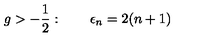
g > - { \frac { 1 } { 2 } } : \qquad \epsilon _ { n } = 2 ( n + 1 )